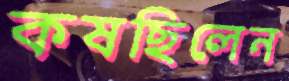
কষছিলেন